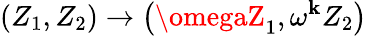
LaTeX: \left(Z_{1},Z_{2}\right)\rightarrow\left(\omegaZ_{1},\omega^{\mathbf{k}}Z_{2}\right)